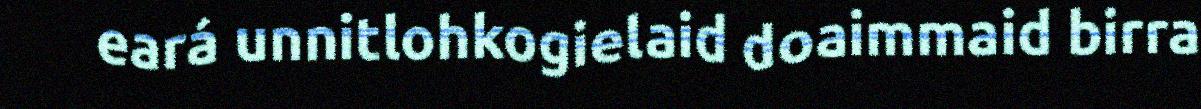
eará unnitlohkogielaid doaimmaid birra